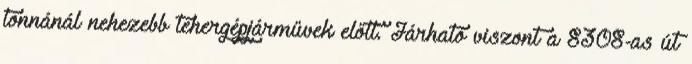
tonnánál nehezebb tehergépjárművek előtt. Járható viszont a 8308-as út